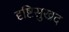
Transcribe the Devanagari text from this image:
दृष्टिसुखद